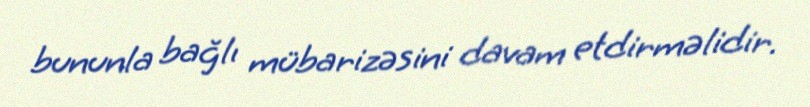
bununla bağlı mübarizəsini davam etdirməlidir.